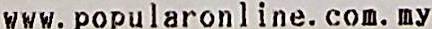
WWW. POPULARONLINE. COM. MY